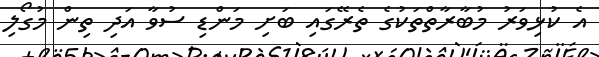
އެ ކުޅިވަރު މުބާރާތްތަކުގެ ތެރޭގައި ބަށި މަންޑި ސުވާ އަދި ތިން މުގޯލި